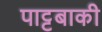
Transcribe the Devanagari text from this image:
पाट्टबाकी